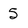
Character: 5